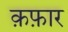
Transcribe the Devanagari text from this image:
क़फ़ार